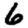
Digit: 6